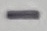
Text: -